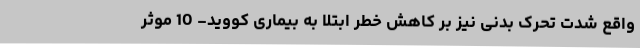
واقع شدت تحرک بدنی نیز بر کاهش خطر ابتلا به بیماری کووید- 10 موثر